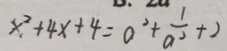
x ^ { 2 } + 4 x + 4 = a ^ { 2 } + \frac { 1 } { a ^ { 2 } } + 2